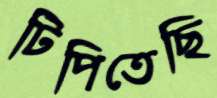
টিপিতেছি